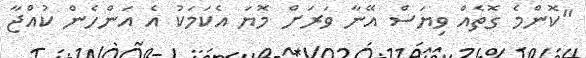
"ކޮންމެ ގޮތެއް ވިޔަސް އޭނާ ވަރަށް މޮޔަ އެކަމަކު އެ އަންހެން ކުއްޖާ